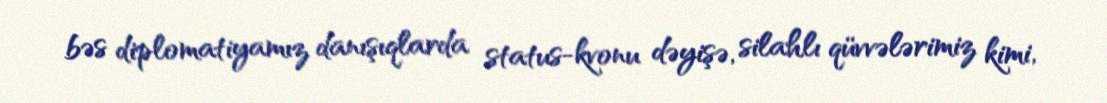
bəs diplomatiyamız danışıqlarda status-kvonu dəyişə, silahlı qüvvələrimiz kimi,